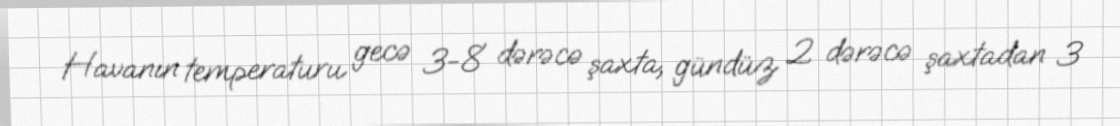
Havanın temperaturu gecə 3-8 dərəcə şaxta, gündüz 2 dərəcə şaxtadan 3